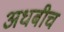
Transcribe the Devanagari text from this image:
अधबीच